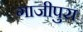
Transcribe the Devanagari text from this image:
गाजीपुरा